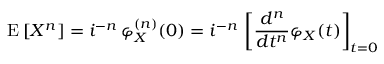
\operatorname { E } \left[ X ^ { n } \right] = i ^ { - n } \, \varphi _ { X } ^ { ( n ) } ( 0 ) = i ^ { - n } \, \left[ { \frac { d ^ { n } } { d t ^ { n } } } \varphi _ { X } ( t ) \right] _ { t = 0 } \,